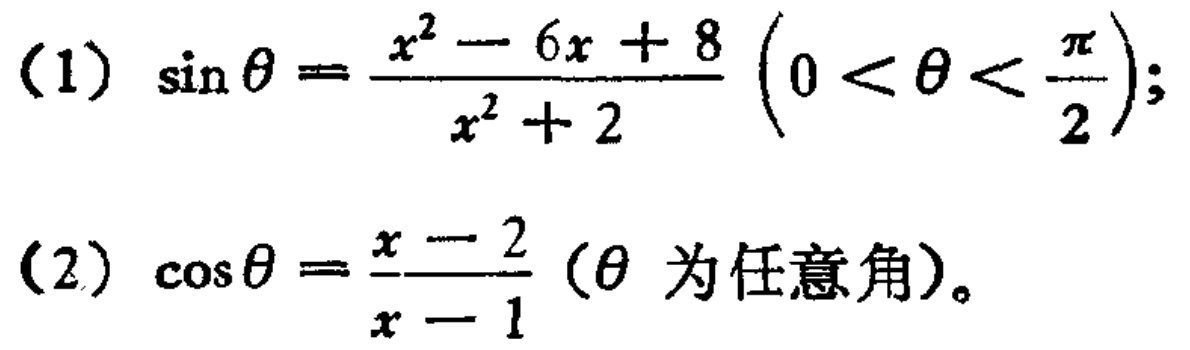
(1) \(\sin\theta=\frac{x^{2}-6x + 8}{x^{2}+2}\left(0<\theta<\frac{\pi}{2}\right)\);
(2) \(\cos\theta=\frac{x - 2}{x - 1}\) (\(\theta\) 为任意角)。